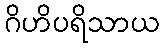
ဂိဟိပရိသာယ